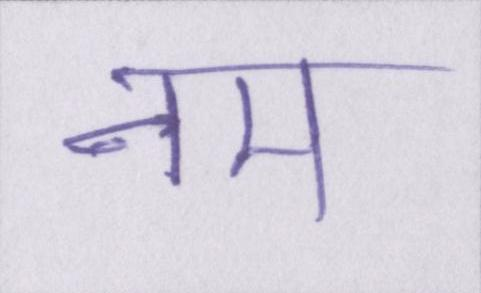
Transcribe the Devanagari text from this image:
नम